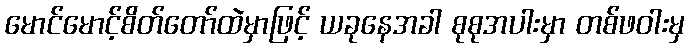
မောင်မောင့်စိတ်တော်ထဲမှာဖြင့် ယခုနေအခါ စုစုအပါးမှာ တစ်ဖဝါးမှ